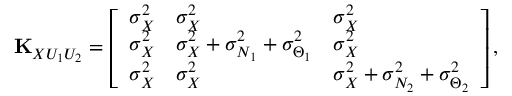
\begin{array} { r } { { \bf K } _ { X U _ { 1 } U _ { 2 } } = \left[ \begin{array} { l l l } { \sigma _ { X } ^ { 2 } } & { \sigma _ { X } ^ { 2 } } & { \sigma _ { X } ^ { 2 } } \\ { \sigma _ { X } ^ { 2 } } & { \sigma _ { X } ^ { 2 } + \sigma _ { N _ { 1 } } ^ { 2 } + \sigma _ { \Theta _ { 1 } } ^ { 2 } } & { \sigma _ { X } ^ { 2 } } \\ { \sigma _ { X } ^ { 2 } } & { \sigma _ { X } ^ { 2 } } & { \sigma _ { X } ^ { 2 } + \sigma _ { N _ { 2 } } ^ { 2 } + \sigma _ { \Theta _ { 2 } } ^ { 2 } } \end{array} \right] , } \end{array}